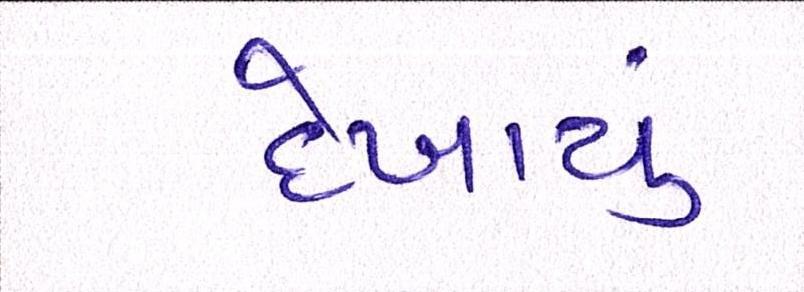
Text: દેખાયું